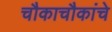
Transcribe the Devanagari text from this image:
चौकाचौकांचे